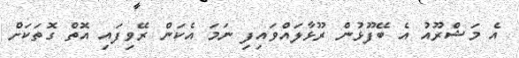
އެ މަޝްރޫއު އެ ބޭފޫޅުން ރޫޅާލައްވައިފި ނަމަ އެކަން ރޭވިފައި އޮތް ގޮތަކަށް